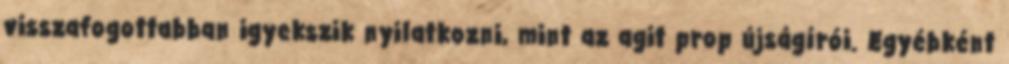
visszafogottabban igyekszik nyilatkozni, mint az agit prop újságírói. Egyébként